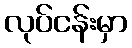
လုပ်ငန်းမှာ